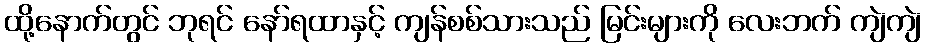
ထို့နောက်တွင် ဘုရင် နော်ရထာနှင့် ကျန်စစ်သားသည် မြင်းများကို လေးဘက် ကျဲကျဲ